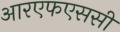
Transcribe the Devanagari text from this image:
आरएफएससी